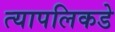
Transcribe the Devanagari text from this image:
त्यापलिकडे